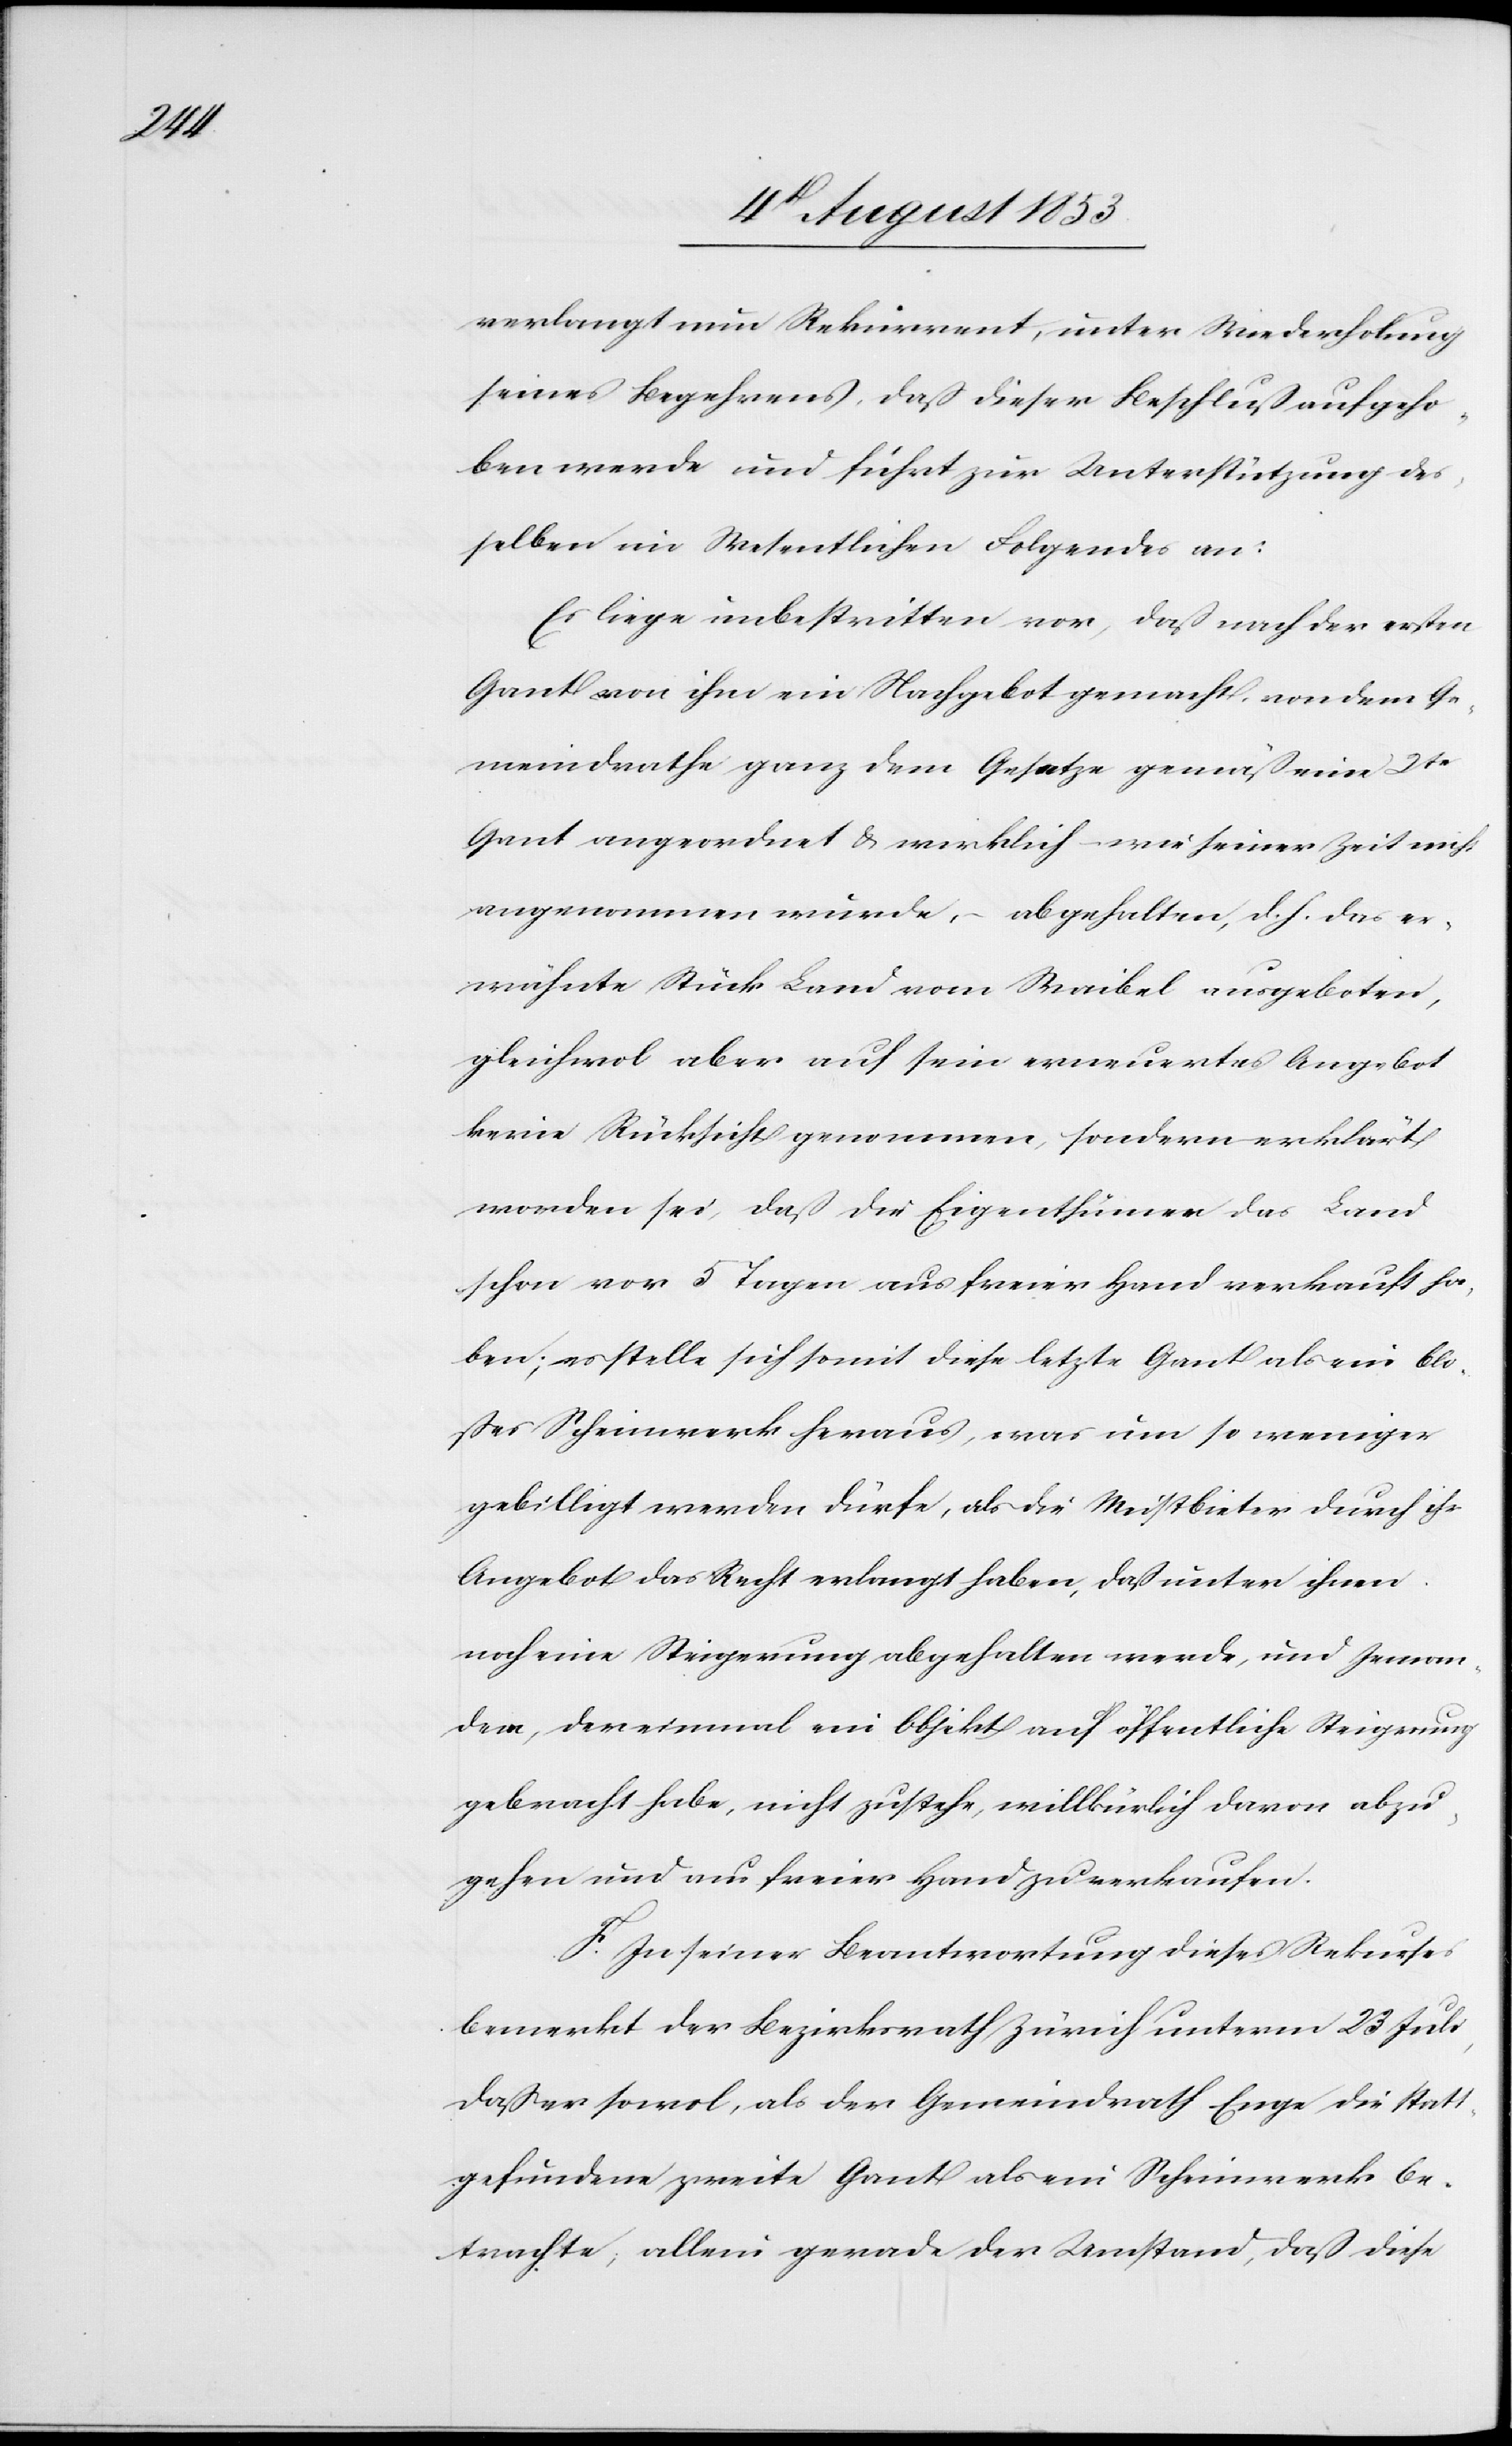
verlangt nun Rekurrent, unter Wiederholung
seines Begehrens, daß dieser Beschluß aufgeho¬
ben werde und führt zur Unterstützung des¬
selben im Wesentlichen Folgendes an:
Es liege unbestritten vor, daß nach der ersten
Gant von ihm ein Nachgebot gemacht, von dem Ge¬
meindrathe ganz dem Gesetze gemäß eine 2te
Gant angeordnet u. wirklich – wie seiner Zeit nicht
angenommen wurde, – abgehalten, d. h. das er¬
wähnte Stück Land vom Waibel ausgeboten,
gleichwol aber auf sein erneuertes Angebot
keine Rücksicht genommen, sondern erklärt
worden sei, daß die Eigenthümer das Land
schon vor 5 Tagen aus freier Hand verkauft ha¬
ben; es stelle sich somit diese letzte Gant als ein blo¬
sses Scheinwerk heraus, was um so weniger
gebilligt werden dürfe, als die Meistbieter durch ihr
Angebot das Recht erlangt haben, daß unter ihnen
noch eine Steigerung abgehalten werde, und Jeman¬
dem, der einmal ein Objekt auf öffentliche Steigerung
gebracht habe, nicht zustehe, willkürlich davon abzu¬
gehen und aus freier Hand zu verkaufen.
F. In seiner Beantwortung dieses Rekurses
bemerkt der Bezirksrath Zürich unterm 23 Juli,
daß er sowol, als der Gemeindrath Enge, die statt¬
gefundene zweite Gant als ein Scheinwerk be¬
trachte, allein gerade der Umstand, daß diese